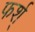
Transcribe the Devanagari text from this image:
फर्श्